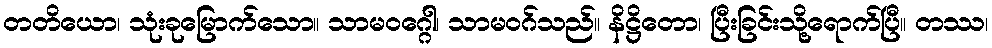
တတိယော၊ သုံးခုမြောက်သော။ သာမဝဂ္ဂေါ၊ သာမဝဂ်သည်။ နိဋ္ဌိတော၊ ပြီးခြင်းသို့ရောက်ပြီ။ တဿ၊